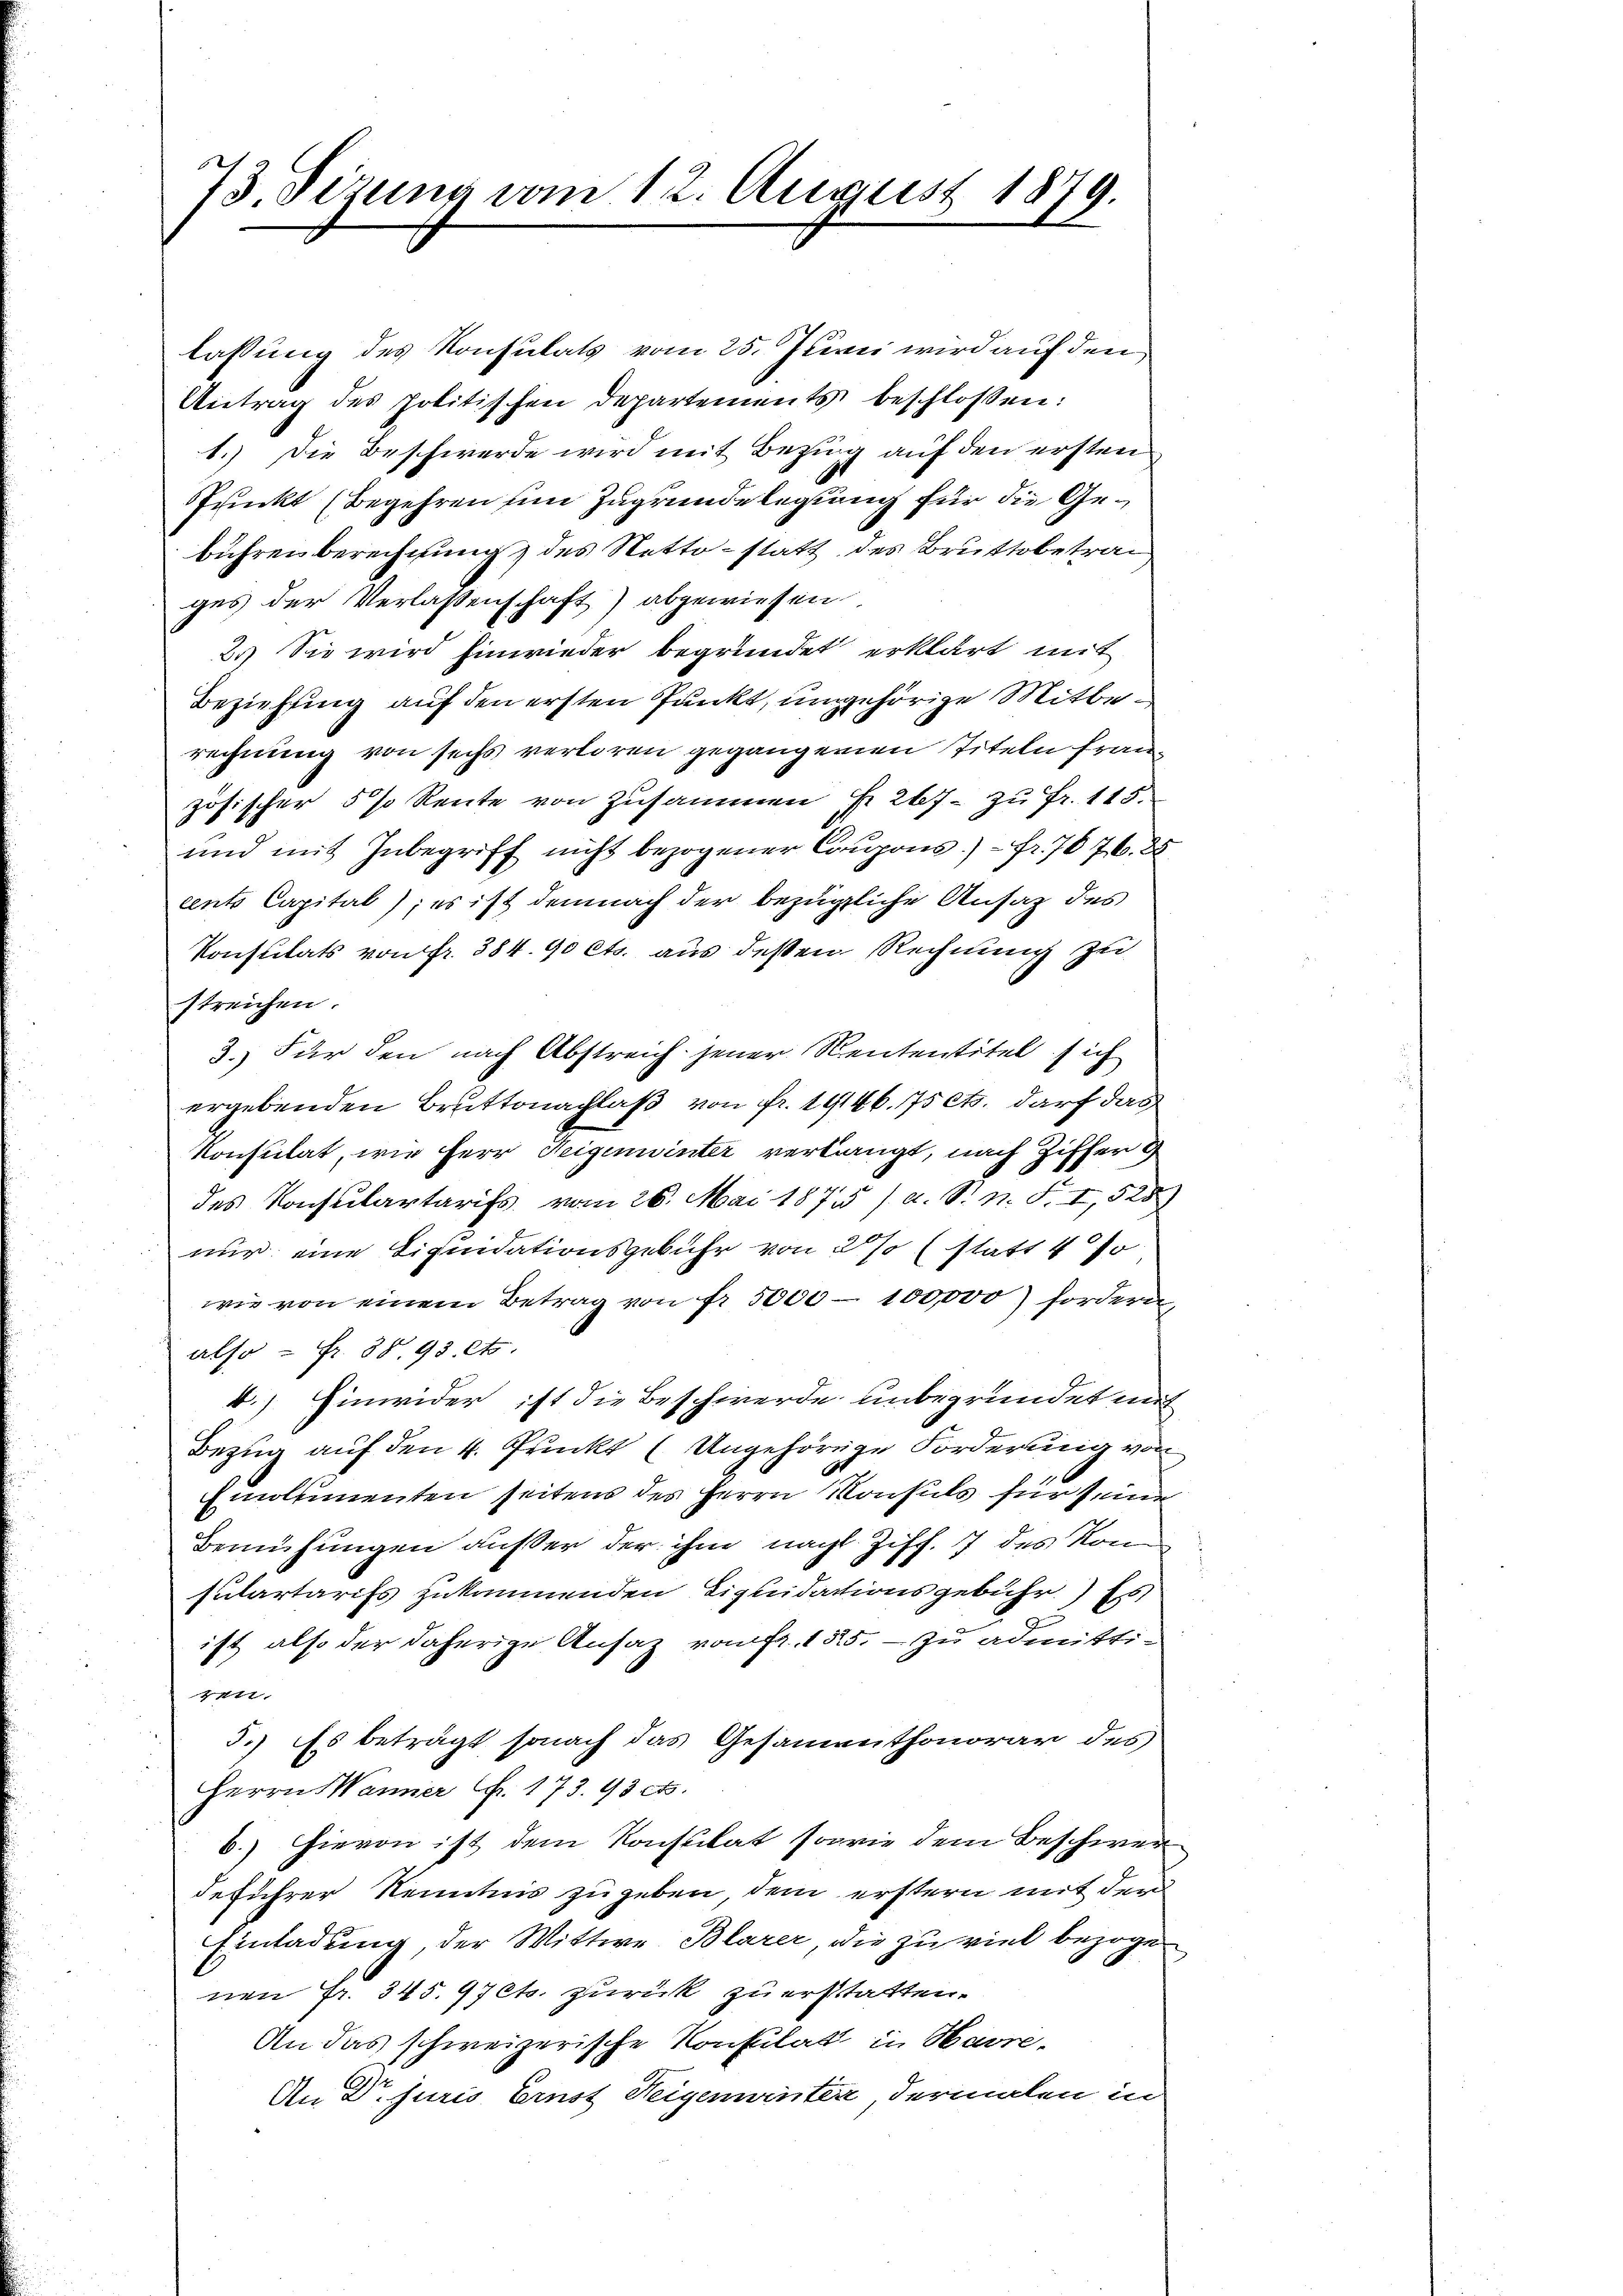
73. Sizung vom 12. August 1879.

lassung des Konsulats vom 25. Junii wird auf den
Antrag des politischen Departements beschlossen:
1.) Die Beschwerde wird mit Bezug auf den ersten
Punkt (Begehren ein Zugrunde legung für die Gebühren berechnung des Netto- statt des Bruttobetrages der Verlassenschaft) abgewiesen
2.) Sie wird Einwieder begründet erklärt mit
Beziehung auf den ersten Punkt, umgehörige Mitberechnung von sechs verloren gegangenen Titeln französischer 5 % Reute von Zusammen fr. 267 - zu Fr. 115.
und mit Inbegriff nicht bezogener Coupons.) - Fr. 7076. 28
eents Capital); es ist demnach der bezügliche Ansaz des
Konsulats von fr. 384. 90 Cts. aus dessen Rechnung zu
streichen.
3.) Für den nach Abstreich jener Rententitel sich
ergebenden Bruttonachlaß von Fr. 19146. 75 Cts. darf das
konsulat, wie Herr Feigenwinter verlangt, nach Ziffer g
des Konsulartarifs vom 26. Mai 1875 / a. S. n. F. I, 525)
nur eine Liquidationsgebühr von 27 statt 4 %
wie von einem Betrag von fr. 5000 - 100,000) fordern
also = Fr. 58. 93. et.
4.) Hinwider, ist die Beschwerde unbegründet mit
Bezug auf den 4. Prunkt (Ungehörige Forderung von
Emolumenten seitens des Herrn Konsuls für seine
Bemühungen außer der ihm nach Ziff. 7 des Kom
sulartarifs zukommenden Liquidationsgebühr. Es
ist also der daherige Ansaz von fr. 1525, – zu admitti-
ren.
5.) Es beträgt, sonach das Gesammenthonorar des
Herrn Wanner f. 173. 93 cts.
b.) Hievon ist dem Konsulat sowie dem Beschwerdeführer Kenntnis zugeben dem erstern mit der
Einladung, der Wittwe Blarer, die zu viel bezogen
nen Fr. 345. 97 Cts. zurück zu erstatten.
An das schweizerische Konsulat in Havre-
An Dr. juris Ernst Heigenwinter dermalen in